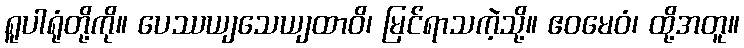
ရူပါရုံတို့ကို။ ပေဿယျသေယျထာဝိ၊ မြင်ရာသကဲ့သို့။ ဧဝမေဝံ၊ ထို့အတူ။